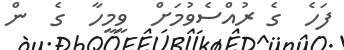
ފަހެ  ގެ ރުއްސެވުމަށް  ވީމީހާ  ގެ  ން